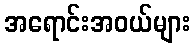
အရောင်းအဝယ်များ